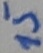
Text: 15